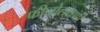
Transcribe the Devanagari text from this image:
फीनोलक्षणी